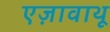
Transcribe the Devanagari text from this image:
एज़ावाथू